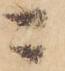
ニ